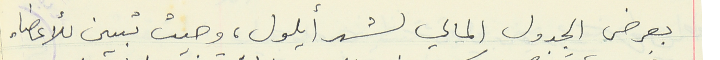
بعرض الجدول المالي لشهر أيلول، وحيث تبين للأعضاء